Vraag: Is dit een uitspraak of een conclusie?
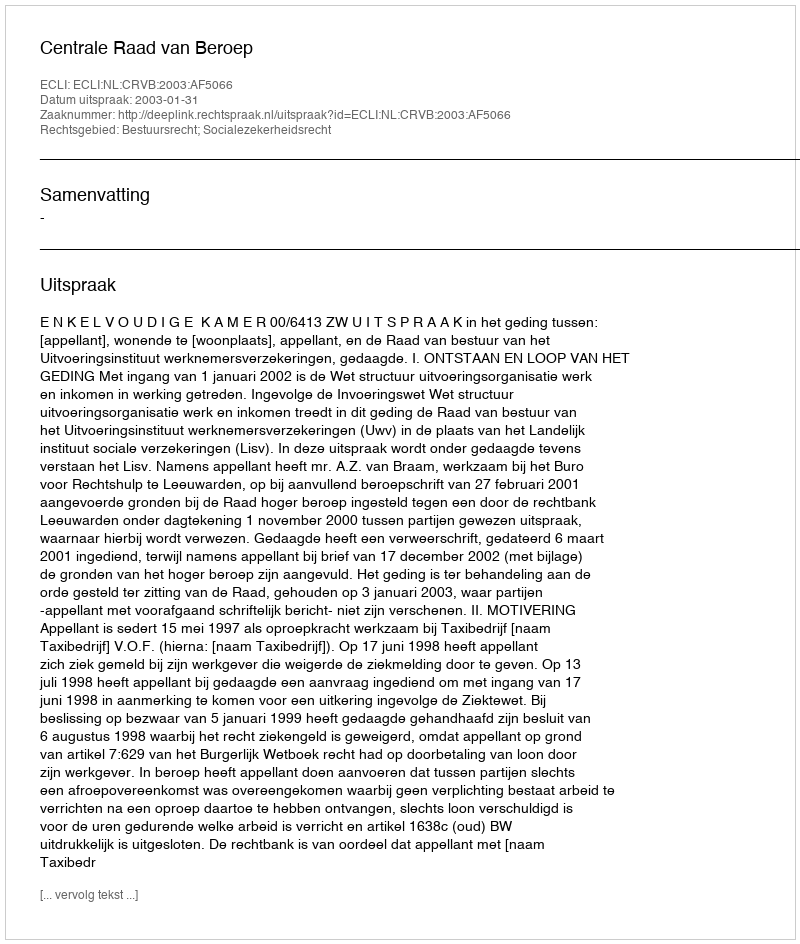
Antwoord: Uitspraak